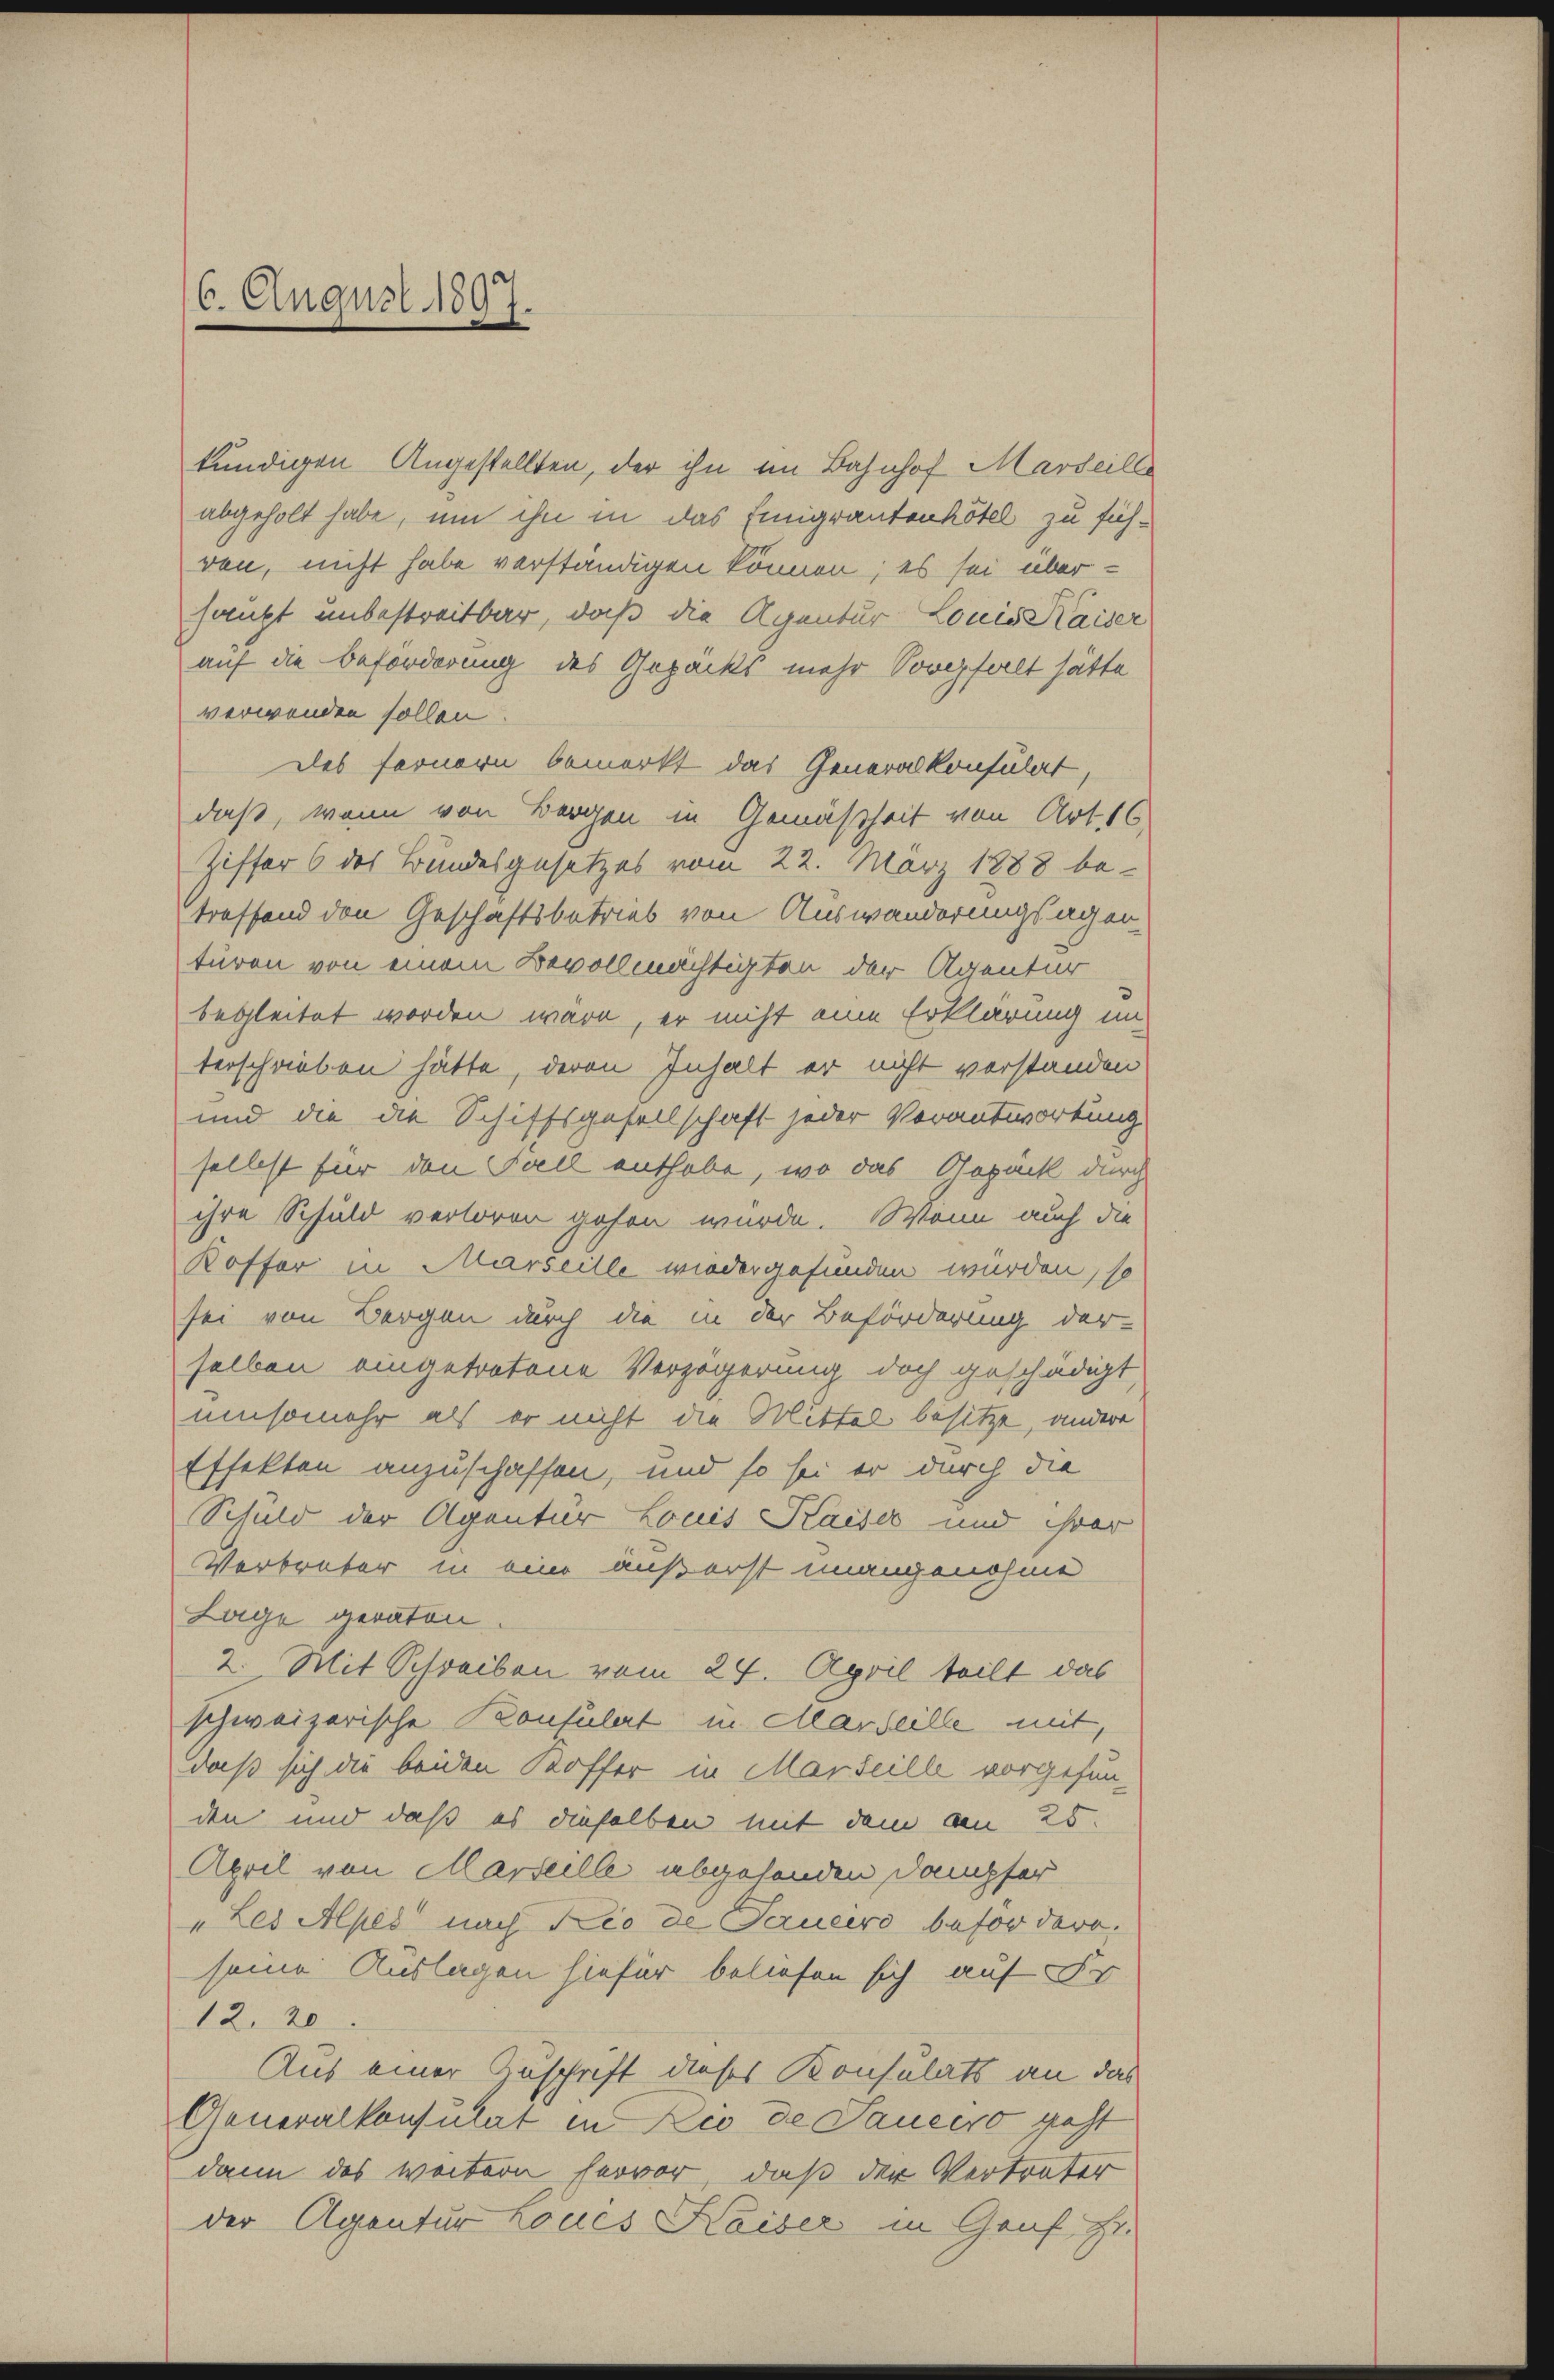
6. August 1897

kundigen Angestellten, der ihn im Bahnhof Marseille
abgeholt habe, um ihn in das Emigrantenhötel zu fühvon, nicht habe verständigen können; es sei über-
haupt unbestreitbar, daß die Agentur Louis Kaiser
auf die Beforderung des Gepacks mehr Sorgfalt hätte
verwenden sollen
des Fernern bemerkt das Generalkonsulat,
daß, wenn von Bergen in Gemäßheit von Art. 16
Ziffer 6 des Bundesgesetzes vom 22. März 1888 be-
treffend den Geschäftsbetrieb von Auswanderungsagen
türen von einem Bevollmächtigten der Agentur
begleitet worden wäre, er nicht eine Erklärung in
terschrieben hätte, deren Inhalt er nicht verstanden
und die die Schiffsgesellschaft jeder Verantwortung
selbst für den Fall enthabe, wo das Repack durch
ihre Schuld verloren gehen würde. Wenn auch die
Koffer in Marseille wiedergefunden wurden, so
sei von Bergen durch die in der Beförderung der-
selben eingetrotene Verzögerung doch geschädigt,
mmsomehr als er nicht die Mittel besitze, andere
Effekten anzuschaffen, und so sei er durch die
Schuld der Agentur Louis Kaiser und ihrer
Verbreter in eine äußerst unangenohme
Lage geraten.
2. Mit Schreiben vom 24. April teilt das
schweizerische Konsulat in Marseille mit,
Daß sich die beiden Koffer in Marseille vorgefun-
den und daß es dieselben mit dem am 25.
April von Marseille abgehenden Dampfer
„Les Alpes nach Rio de Janeiro befordern,
seine Auslagen hiefür beliefen sich auf Fr
12. 20
Aus einer Zuschrift dieses Konsulats an das
Generalkonsulat in Rio de Saucero geht
dann das weitern hervor, daß der Vertreter
der Agentur Loues Kaiser in Graf Zi.